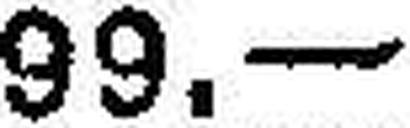
99.—